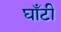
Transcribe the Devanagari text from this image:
घाँटी